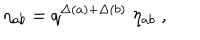
\eta _ { a b } = q ^ { \Delta ( a ) + \Delta ( b ) } \; \eta _ { a b } \; ,